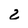
Character: 2